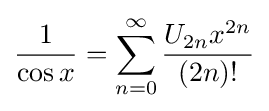
{\frac {1}{\cos x}}=\sum _{n=0}^{\infty }{\frac {U_{2n}x^{2n}}{(2n)!}}